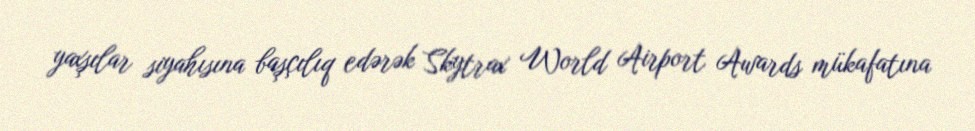
yaxşılar siyahısına başçılıq edərək Skytrax World Airport Awards mükafatına